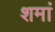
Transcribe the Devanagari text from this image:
शमां